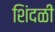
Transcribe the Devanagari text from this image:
शिंदळी